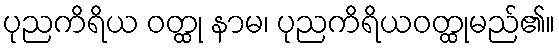
ပုညကိရိယ ဝတ္ထု နာမ၊ ပုညကိရိယဝတ္ထုမည်၏။